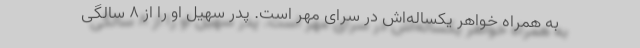
به همراه خواهر یکساله‌اش در سرای مهر است. پدر سهیل او را از ۸ سالگی